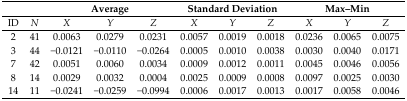
<table><thead><tr><td></td><td></td><td colspan="3"><b>Average</b></td><td colspan="3"><b>Standard Deviation</b></td><td colspan="3"><b>Max–Min</b></td></tr></thead><tbody><tr><td>ID</td><td><i>N</i></td><td><i>X</i></td><td><i>Y</i></td><td><i>Z</i></td><td><i>X</i></td><td><i>Y</i></td><td><i>Z</i></td><td><i>X</i></td><td><i>Y</i></td><td><i>Z</i></td></tr><tr><td>2</td><td>41</td><td>0.0063</td><td>0.0279</td><td>0.0231</td><td>0.0057</td><td>0.0019</td><td>0.0018</td><td>0.0236</td><td>0.0065</td><td>0.0075</td></tr><tr><td>3</td><td>44</td><td>−0.0121</td><td>−0.0110</td><td>−0.0264</td><td>0.0005</td><td>0.0010</td><td>0.0038</td><td>0.0030</td><td>0.0040</td><td>0.0171</td></tr><tr><td>7</td><td>42</td><td>0.0051</td><td>0.0060</td><td>0.0034</td><td>0.0009</td><td>0.0012</td><td>0.0011</td><td>0.0045</td><td>0.0046</td><td>0.0056</td></tr><tr><td>8</td><td>14</td><td>0.0029</td><td>0.0032</td><td>0.0004</td><td>0.0025</td><td>0.0009</td><td>0.0008</td><td>0.0097</td><td>0.0025</td><td>0.0030</td></tr><tr><td>14</td><td>11</td><td>−0.0241</td><td>−0.0259</td><td>−0.0994</td><td>0.0006</td><td>0.0017</td><td>0.0013</td><td>0.0017</td><td>0.0058</td><td>0.0046</td></tr></tbody></table>